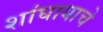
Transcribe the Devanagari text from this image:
शांघायाचे